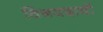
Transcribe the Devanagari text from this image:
विजयदायी